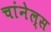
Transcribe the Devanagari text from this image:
चांनेल्स